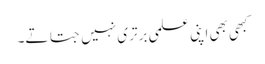
کبھی بھی اپنی علمی برتری نہیں جتاتے۔